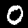
Digit: 0